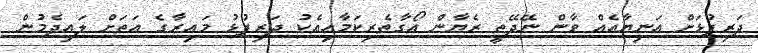
ދަރިފުޅަށް އަނިޔާއެއް ވާން ނޭދޭތީ ރެޔާން އޯގާތެރިކަމާއިއެކު ދަރިފުޅު މައިރާގެ އަތަށް ލައިދެމުން